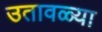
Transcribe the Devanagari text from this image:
उतावळ्या